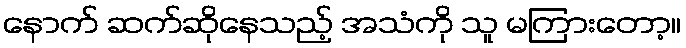
နောက် ဆက်ဆိုနေသည့် အသံကို သူ မကြားတော့။